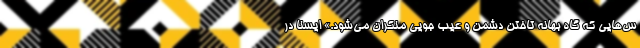
س‌هایی که گاه بهانه تاختن دشمن و عیب جویی منکران می‌شود.» ایسنا در